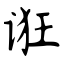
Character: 诳